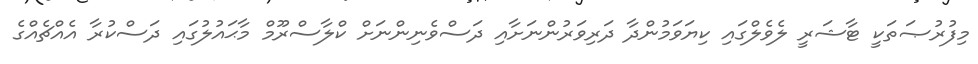
މިފުރުޞަތަކީ ޓާޝަރީ ލެވެލްގައި ކިޔަވަމުންދާ ދަރިވަރުންނަށާއި ދަސްވެނިންނަށް ކްލާސްރޫމް މާޙައުލުގައި ދަސްކުރާ އެއްޗެއްގެ